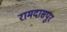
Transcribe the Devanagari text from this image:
रामदासपुर